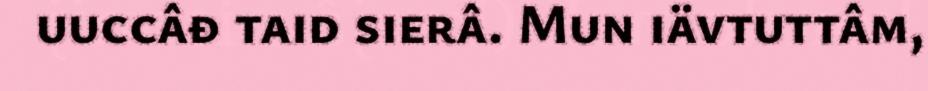
uuccâđ taid sierâ. Mun iävtuttâm,